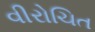
વીરોચિત